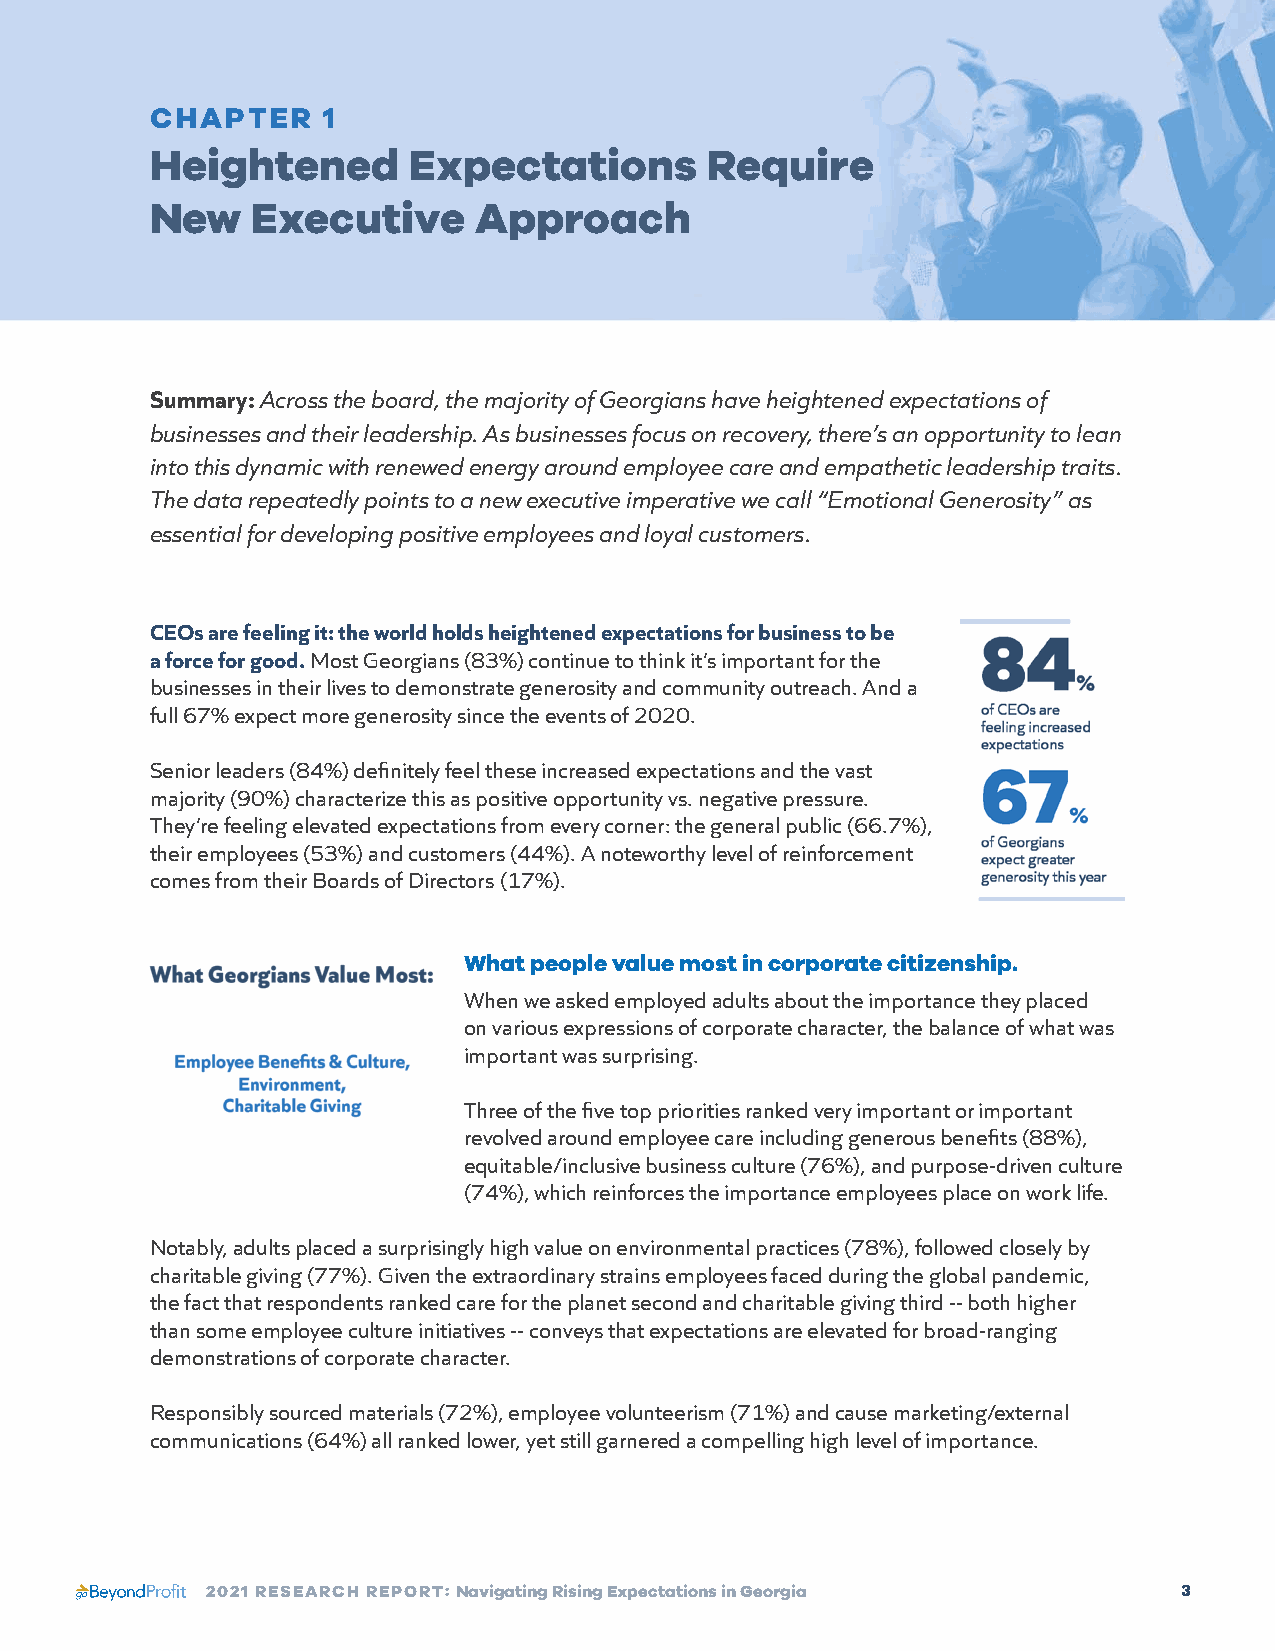
CHAPTER    1
 Heightened       Expectations        Require
 New    Executive     Approach
 Summary: Across the board, the majority of Georgians have heightened expectations of
 businesses and their leadership. As businesses focus on recovery, there’s an opportunity to lean
 into this dynamic with renewed energy around employee care and empathetic leadership traits.
 The data repeatedly points to a new executive imperative we call “Emotional Generosity” as
 essential for developing positive employees and loyal customers.
 CEOs are feeling it: the world holds heightened expectations for business to be
 a force for good. Most Georgians (83%) continue to think it’s important for the
 businesses in their lives to demonstrate generosity and community outreach. And a
 full 67% expect more generosity since the events of 2020.
 Senior leaders (84%) definitely feel these increased expectations and the vast
 majority (90%) characterize this as positive opportunity vs. negative pressure.
 They’re feeling elevated expectations from every corner: the general public (66.7%),
 their employees (53%) and customers (44%). A noteworthy level of reinforcement
 comes from their Boards of Directors (17%).
 What people value most in corporate citizenship.
 When we asked employed adults about the importance they placed
 on various expressions of corporate character, the balance of what was
 important was surprising.
 Three of the five top priorities ranked very important or important
 revolved around employee care including generous benefits (88%),
 equitable/inclusive business culture (76%), and purpose-driven culture
 (74%), which reinforces the importance employees place on work life.
 Notably, adults placed a surprisingly high value on environmental practices (78%), followed closely by
 charitable giving (77%). Given the extraordinary strains employees faced during the global pandemic,
 the fact that respondents ranked care for the planet second and charitable giving third -- both higher
 than some employee culture initiatives -- conveys that expectations are elevated for broad-ranging
 demonstrations of corporate character.
 Responsibly sourced materials (72%), employee volunteerism (71%) and cause marketing/external
 communications (64%) all ranked lower, yet still garnered a compelling high level of importance.
 2021 RESEARCH REPORT: Navigating Rising Expectations in Georgia 3